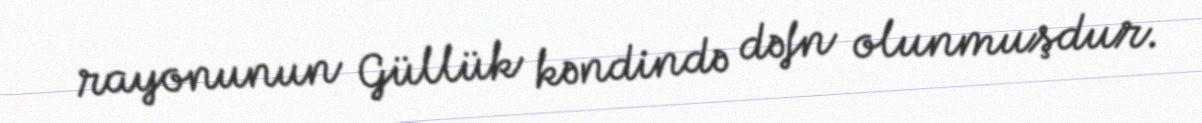
rayonunun Güllük kəndində dəfn olunmuşdur.